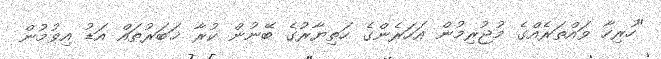
"ހުރިހާ ވައްތަރެއްގެ މުޖުރިމުން އަހަރެންގެ ހަތިޔާރުގެ ބޭނުން ކުރާ ޚަބަރުތައް އަޑު އިވުމުން